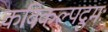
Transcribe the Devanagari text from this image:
कविकल्पद्रुमः